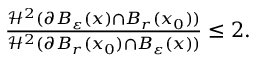
\begin{array} { r } { \frac { \mathcal { H } ^ { 2 } ( \partial B _ { \varepsilon } ( x ) \cap B _ { r } ( x _ { 0 } ) ) } { \mathcal { H } ^ { 2 } ( \partial B _ { r } ( x _ { 0 } ) \cap B _ { \varepsilon } ( x ) ) } \leq 2 . } \end{array}